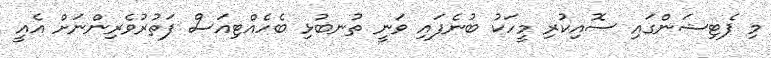
މި ޕެޓިޝަންގައި ސޮއިކުރި މީހަކު ބުނެފައި ވަނީ ތުނބުޅި ބެހެއްޓިއަސް ފަތުރުވެރިންނަށް އެއީ